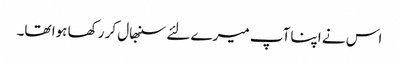
اس نے اپنا آپ میرے لئے سنبھال کر رکھا ہوا تھا۔